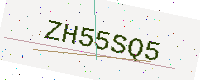
Text: ZH55SQ5